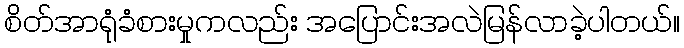
စိတ်အာရုံခံစားမှုကလည်း အပြောင်းအလဲမြန်လာခဲ့ပါတယ်။